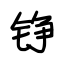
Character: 铮